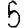
Digit: 5